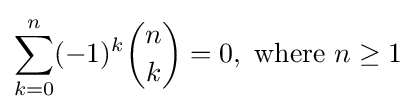
\sum _{k=0}^{n}(-1)^{k}{n \choose k}=0,{\text{ where }}n\geq 1